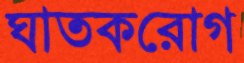
ঘাতকরোগ